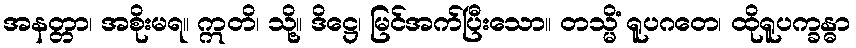
အနတ္တာ၊ အစိုးမရ။ ဣတိ၊ သို့။ ဒိဋ္ဌေ၊ မြင်အက်ပြီးသော။ တသ္မိံ ရူပဂတေ၊ ထိုရူပက္ခန္ဓာ